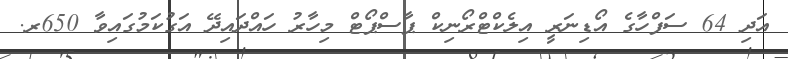
އަދި 64 ސަފްހާގެ އޯޑިނަރީ އިލެކްޓްރޯނިކް ޕާސްޕޯޓް މިހާރު ހައްދައިދޭ އަގުކަމުގައިވާ 650ރ.